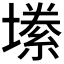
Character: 𫮫